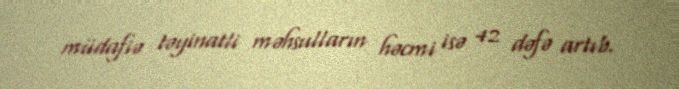
müdafiə təyinatli məhsulların həcmi isə 42 dəfə artıb.